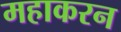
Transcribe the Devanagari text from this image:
महाकरन